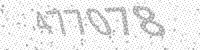
Solution: 477078